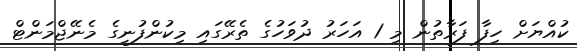
ކުއްޔަށް ހިފާ ފަރާތުން މި 1 އަހަރު ދުވަހުގެ ތެރޭގައި މިކުންފުނީގެ މެނޭޖްމަންޓް